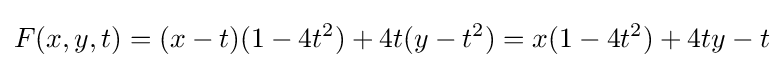
F(x,y,t)=(x-t)(1-4t^{2})+4t(y-t^{2})=x(1-4t^{2})+4ty-t